Civil Veterinary Dept. Bombay admin report 1900-1906 - 1900-1906
Year: 1900
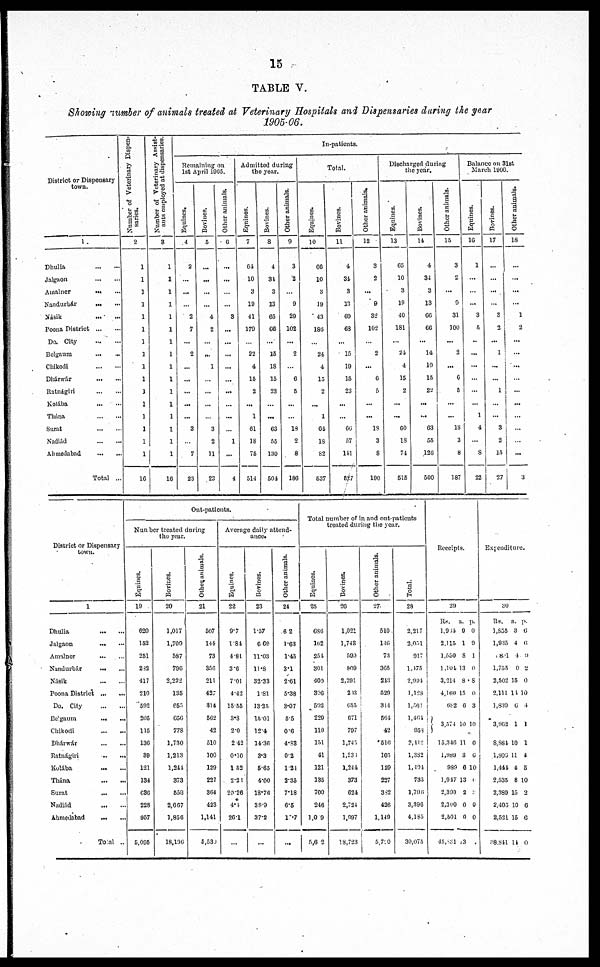
15
TABLE V.
Showing number of animals treated at Veterinary Hospitals and Dispensaries during the year
1905-06.
District or Dispensary
town.
1 .
Dhulia ... ...
Jalgaon ... ...
Amalner ... ...
Nandurbár ... ...
Násik ... ...
Poona District ... ...
Do. City ... ...
Belgaum ... ...
Chikodi ... ...
Dhárwár ... ...
Ratnágiri ... ...
Kolába ... ...
Thána ... ...
Surat ... ...
Nadiád ... ...
Ahmedabad ... ...
Total ...
Number of Veterinary Dispen-
saries.
2
1
1
1
1
1
1
1
1
1
1
1
1
1
1
1
1
16
Number of Veterinary Assist-
ants employed at dispensaries.
3
1
1
1
1
1
1
1
1
1
1
1
1
1
1
1
1
16
In-patients.
Remaining on
1st April 1005.
Equines.
4
2
...
...
2
7
...
2
...
...
...
...
...
3
...
7
23
Bovines.
5
...
...
...
...
4
2
...
...
1
...
...
...
...
3
2
11
23
Other animals.
6
...
...
...
...
3
...
...
...
...
...
...
...
...
...
1
...
4
Admitted during
the year.
Equines.
7
64
10
3
10
41
170
...
22
4
15
2
...
1
61
18
75
514
Bovines.
8
4
34
3
13
65
66
...
15
18
15
23
...
...
63
55
130
501
Other animals.
9
3
2
...
9
29
102
...
2
...
6
5
...
...
18
2
8
180
Total.
Equities.
10
66
10
3
19
43
185
...
24
4
15
2
...
1
64
13
82
537
Bovines.
11
4
31
3
13
69
68
...
15
10
15
23
...
...
66
57
111
527
Other animals.
12
3
2
...
9
32
102
...
2
...
6
5
...
...
18
3
8
190
Discharged during
the year.
Equines.
13
65
10
3
19
40
1S1
...
24
4
15
2
...
...
60
18
74
515
Bovines.
11
4
31
3
13
66
66
...
14,
10
15
22
...
...
63
55
126
500
Other animals.
15
3
2
...
9
31
100
...
2
...
6
5
...
...
18
3
8
187
Balance on 31st
March 1906.
Equities.
16
1
...
...
...
3
5
...
...
...
...
...
...
1
4
8
22
Bovines.
17
...
...
...
...
3
2
...
1
...
...
1
...
3
2
15
27
Other animals.
18
...
...
...
...
1
2
...
...
...
...
...
...
...
...
...
...
3
District or Dispensary
town.
1
Dhulia ... ...
Jalgaon ... ...
Amalner ... ...
Nandurbár ... ...
Násik ... ...
Poona District ... ...
Do. City ... ...
Belgaum ... ...
Chikodi ... ...
Dhárwár ... ...
Ratnágiri ... ...
Kolába ... ...
Thána ... ...
Surat ... ...
Nadiád ... ...
Ahmedabad ... ...
Total ...
Out-patients.
Number treated during
the year.
Equities.
19
620
152
251
282
417
210
592
205
115
136
39
121
134
636
228
957
5,095
Bovines.
20
1,017
1,709
587
790
2,222
135
655
656
77S
1,730
1,213
1,244
373
558
2,667
1,856
18,196
Other animals.
21
507
144
73
356
211
427
314
502
42
510
100
129
227
364
423
1,141
5,539
Average daily attend-
ance.
Equines.
22
9.7
1.84
4.81
3.6
7.01
4.42
15.55
3.8
2.0
2 42
0.10
1 52
2.23
20.26
4.4
26.1
...
Bovines.
23
1.57
6.69
11.03
11.8
32.33
1.81
13.25
15.01
12.4
14.36
3.3
5.65
4.00
18.76
30.9
37.2
...
Other animals.
24
62
1.63
1.45
3.1
2.61
5.38
3.07
5.5
0.6
4.83
0.2
1.24
3.35
7.18
6.5
17.7
...
Total number of in and out-patients
treated during the year.
Equines.
25
686
162
254
301
409
326
592
229
119
151
41
121
135
700
246
1,0 9
5,6 2
Bovines.
26
1,021
1,743
590
809
2,291
203
655
671
797
1,745
1,233
1,244
373
624
2,724
l,997
18,723
Other animals.
27
510.
146
73
305
213
529
314
501
42
516
105
120
227
382
426
1,149
5,710
Total.
23
2,217
2,031
917
1,175
2,994
1,128
l,563
1,464
958
2,412
1,382
1,491
735
1,706
3,396
4,185
30,075
Receipts.
29
Rs.
1,964
2.115
1,550
1 ,104
3,214
4,160
682
3,571
15,346
1,989
989
1,947
2,399
2,300
2,501
45,231
a.
9
1
8
13
8
15
6
10
11
3
6
13
2
0
0
13
p.
0
9
1
0
8
6.
3
10
0
6
10
0
0
0
0
Expenditure.
30
Rs.
1,835
1,935
1 8.0
1,755
2,502
2,111 11
1,839
3,962
8,884
1,800
1,141
2,535
2,3S9
2,405
2,521
28,841
a.
3
4
4
0
15
1
6
1
10
11
4
8
15
10
15
14
p.
6
6
9
2
6
0
4
1
1
4
5
10
2
6
6
0